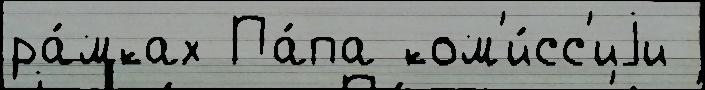
ра́мках Па́па ком'и́сс'иjи